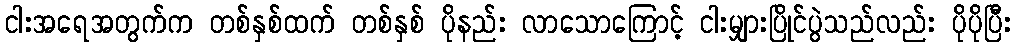
ငါးအရေအတွက်က တစ်နှစ်ထက် တစ်နှစ် ပိုနည်း လာသောကြောင့် ငါးမျှားပြိုင်ပွဲသည်လည်း ပိုပိုပြီး